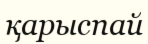
қарыспай